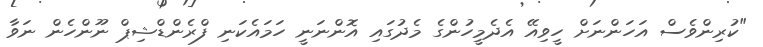
"ކުރިންވެސް އަހަންނަށް ހީވިއޭ އެދެމީހުންގެ މެދުގައި އޮންނަނީ ހަމައެކަނި ފްރެންޑްޝިޕް ނޫންހެން ނަވާ